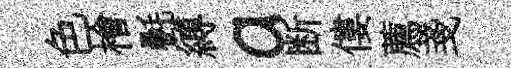
色檜㲲縛a断僂薦戔